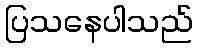
ပြသနေပါသည်